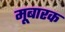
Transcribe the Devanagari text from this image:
मूबारक